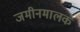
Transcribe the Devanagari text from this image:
जमीनमालक